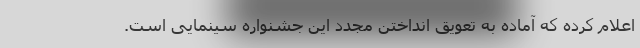
اعلام کرده که آماده به تعویق انداختن مجدد این جشنواره سینمایی است.